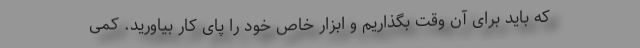
که باید برای آن وقت بگذاریم و ابزار خاص خود را پای کار بیاورید. کمی